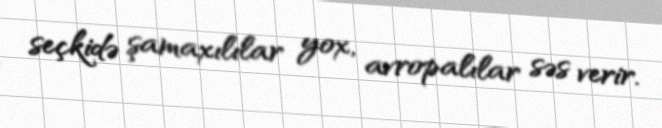
seçkidə şamaxılılar yox, avropalılar səs verir.